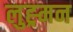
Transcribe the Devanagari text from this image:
लुह्र्मन